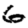
Digit: 6